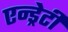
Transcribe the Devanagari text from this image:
एन्ड्रेटी